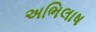
અભિલાષ